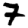
Digit: 7